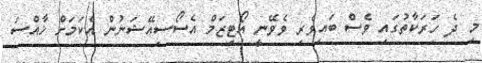
މި ދެ ހަރަކާތުގައި ވެސް ބައިވެރި ވެވޭނީ އޯޓިޒަމް އެސޯސިއޭޝަނުން އެކަމަށް ޚާއްސަ